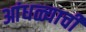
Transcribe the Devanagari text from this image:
आंधळ्याची